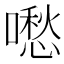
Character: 𠿈